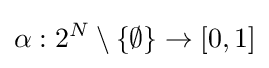
\alpha :2^{N}\setminus \{\emptyset \}\to [0,1]